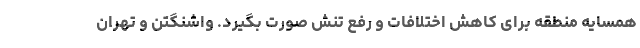
همسایه منطقه برای کاهش اختلافات و رفع تنش صورت بگیرد. واشنگتن و تهران